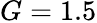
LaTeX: G=1.5